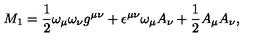
M _ { 1 } = \frac { 1 } { 2 } \omega _ { \mu } \omega _ { \nu } g ^ { \mu \nu } + \epsilon ^ { \mu \nu } \omega _ { \mu } A _ { \nu } + \frac { 1 } { 2 } A _ { \mu } A _ { \nu } ,